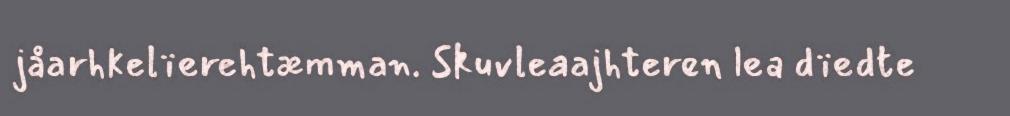
jåarhkelïerehtæmman. Skuvleaajhteren lea dïedte